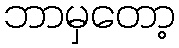
ဘာမှတော့